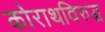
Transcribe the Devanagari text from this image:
कोराथविरुद्ध